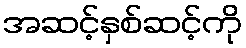
အဆင့်နှစ်ဆင့်ကို